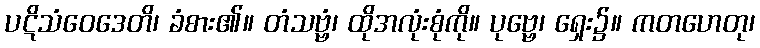
ပဋိသံဝေဒေတိ၊ ခံစား၏။ တံသဗ္ဗံ၊ ထိုအလုံးစုံကို။ ပုဗ္ဗေ၊ ရှေး၌။ ကတဟေတု၊